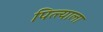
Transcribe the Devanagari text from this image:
पित्त्याला